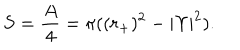
LaTeX: S = { \frac { A } { 4 } } = \pi ( ( r _ { + } ) ^ { 2 } - | \Upsilon | ^ { 2 } ) .